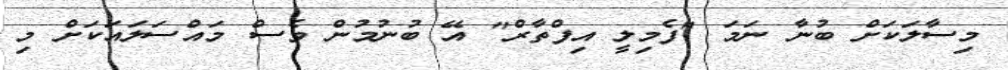
މިސާލަކަށް ބުނާ ނަމަ "ފެމިލީ އިފްތާރް" އޭ ބުނުމުން ވެސް މައްސަލައަކަށް މި